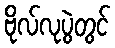
ဗိုလ်လုပွဲတွင်